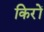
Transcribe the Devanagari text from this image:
किरों